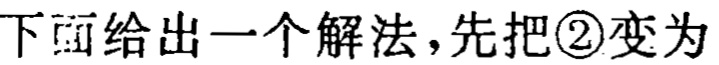
下面给出一个解法，先把\textcircled{2}变为